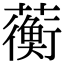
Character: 蘅